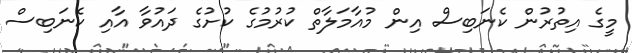
މީގެ އިތުރުން ކެނަބިސް އިން މުއާމަލާތް ކުރުމުގެ ކުށުގެ ދައުވާ އާއި ކެނަބިސް